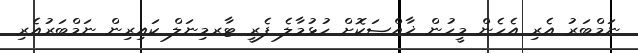
ނަމްބަރު އެރި އެހެން މީހުން ޚާއްޞަކޮށް ހުޅުމާލެ ފެރީ ޓާރމިނަލް ކައިރިން ނަމްބަރުއެރި